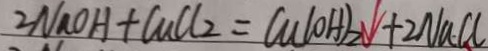
2 N a O H + C u C l _ { 2 } = C u ( O H ) _ { 2 } \downarrow + 2 N a C l